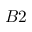
B 2